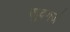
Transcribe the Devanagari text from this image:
खुदगर्ज